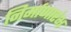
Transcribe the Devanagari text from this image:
निर्माणारंभ